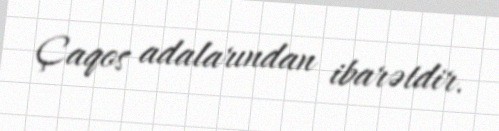
Çaqos adalarından ibarətdir.